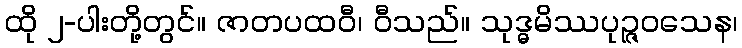
ထို ၂-ပါးတို့တွင်။ ဇာတပထဝီ၊ ဝီသည်။ သုဒ္ဓမိဿပုဉ္ဇဝသေန၊